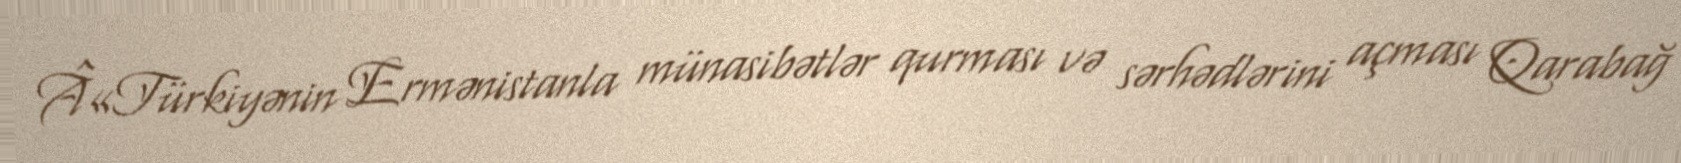
Â«Türkiyənin Ermənistanla münasibətlər qurması və sərhədlərini açması Qarabağ